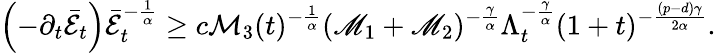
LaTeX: \left(-\partial_{t}\bar{\mathcal{E}}_{t}\right)\bar{\mathcal{E}}_{t}^{-\frac{1}{\alpha}}\geq c\mathcal{M}_{3}(t)^{-\frac 1\alpha}(\mathscr{M}_{1}+\mathscr{M}_{2})^{-\frac{\gamma}{\alpha}}\Lambda_{t}^{-\frac{\gamma}{\alpha}}(1+t)^{-\frac{(p-d)\gamma}{2\alpha}}.